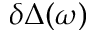
\delta \Delta ( \omega )